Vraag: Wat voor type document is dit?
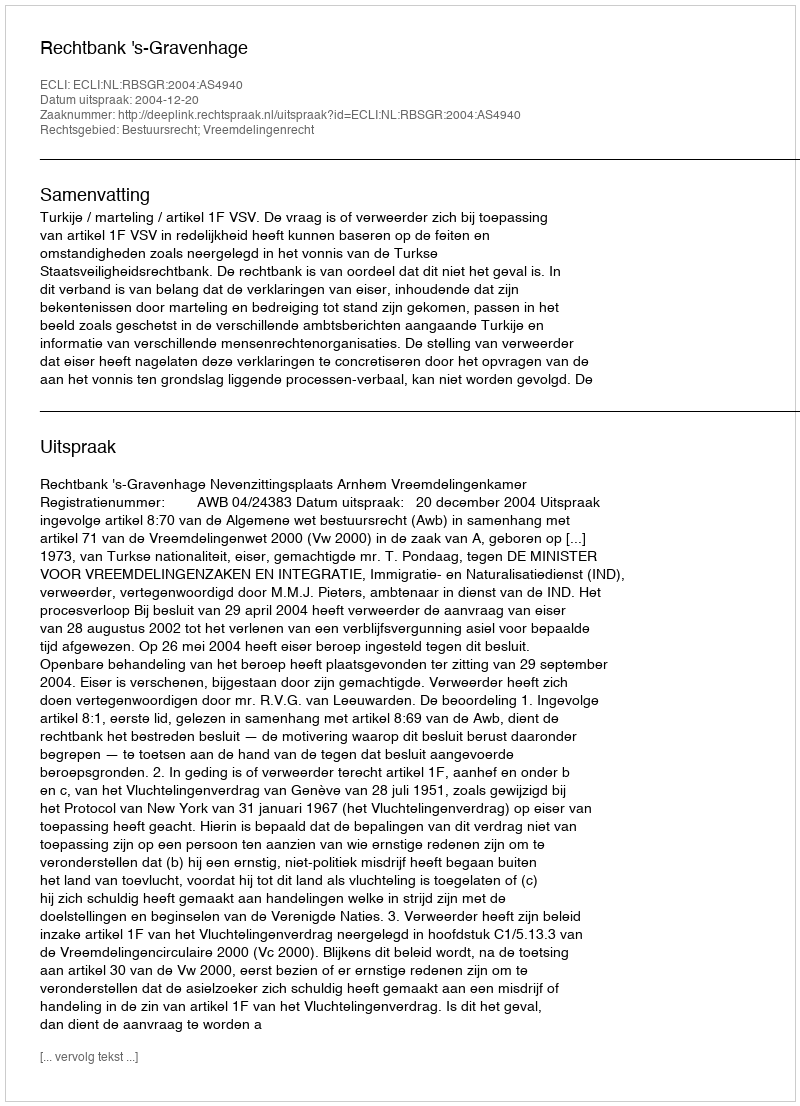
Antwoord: Uitspraak